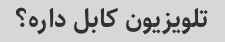
تلویزیون کابل داره؟